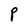
Character: P